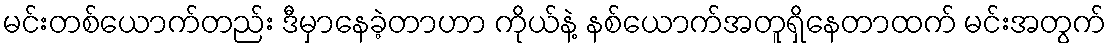
မင်းတစ်ယောက်တည်း ဒီမှာနေခဲ့တာဟာ ကိုယ်နဲ့ နစ်ယောက်အတူရှိနေတာထက် မင်းအတွက်